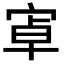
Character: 𭓶